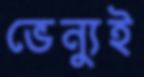
ভেন্যুই